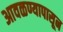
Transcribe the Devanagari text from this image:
आवळण्यापासून